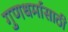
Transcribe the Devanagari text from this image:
गुणधर्मासाठी